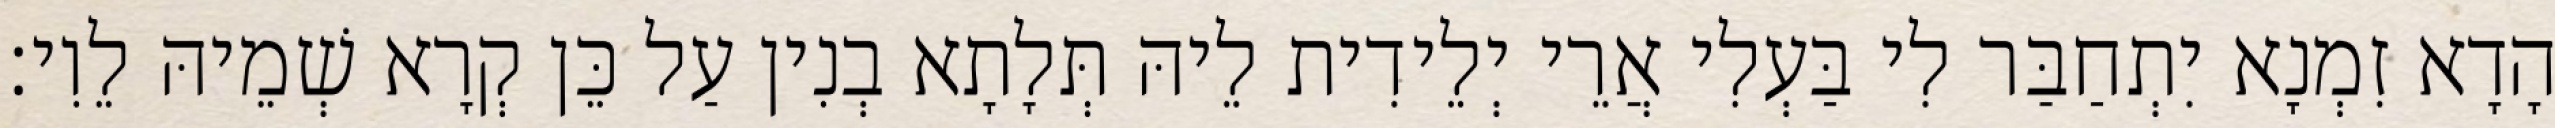
הָדָא זִמְנָא יִתְחַבַּר לִי בַּעְלִי אֲרֵי יְלֵידִית לֵיהּ תְּלָתָא בְנִין עַל כֵּן קְרָא שְׁמֵיהּ לֵוִי׃